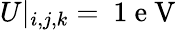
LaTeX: U|_{i,j,k}=\mathrm{~1~e~V~}